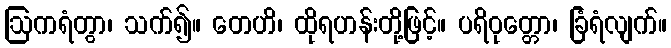
ဩကရံတွာ၊ သက်၍။ တေဟိ၊ ထိုရဟန်းတို့ဖြင့်။ ပရိဝုတ္တော၊ ခြံရံလျက်။